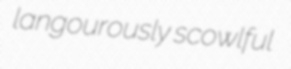
langourously scowlful